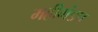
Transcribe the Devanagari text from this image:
महीमंडप